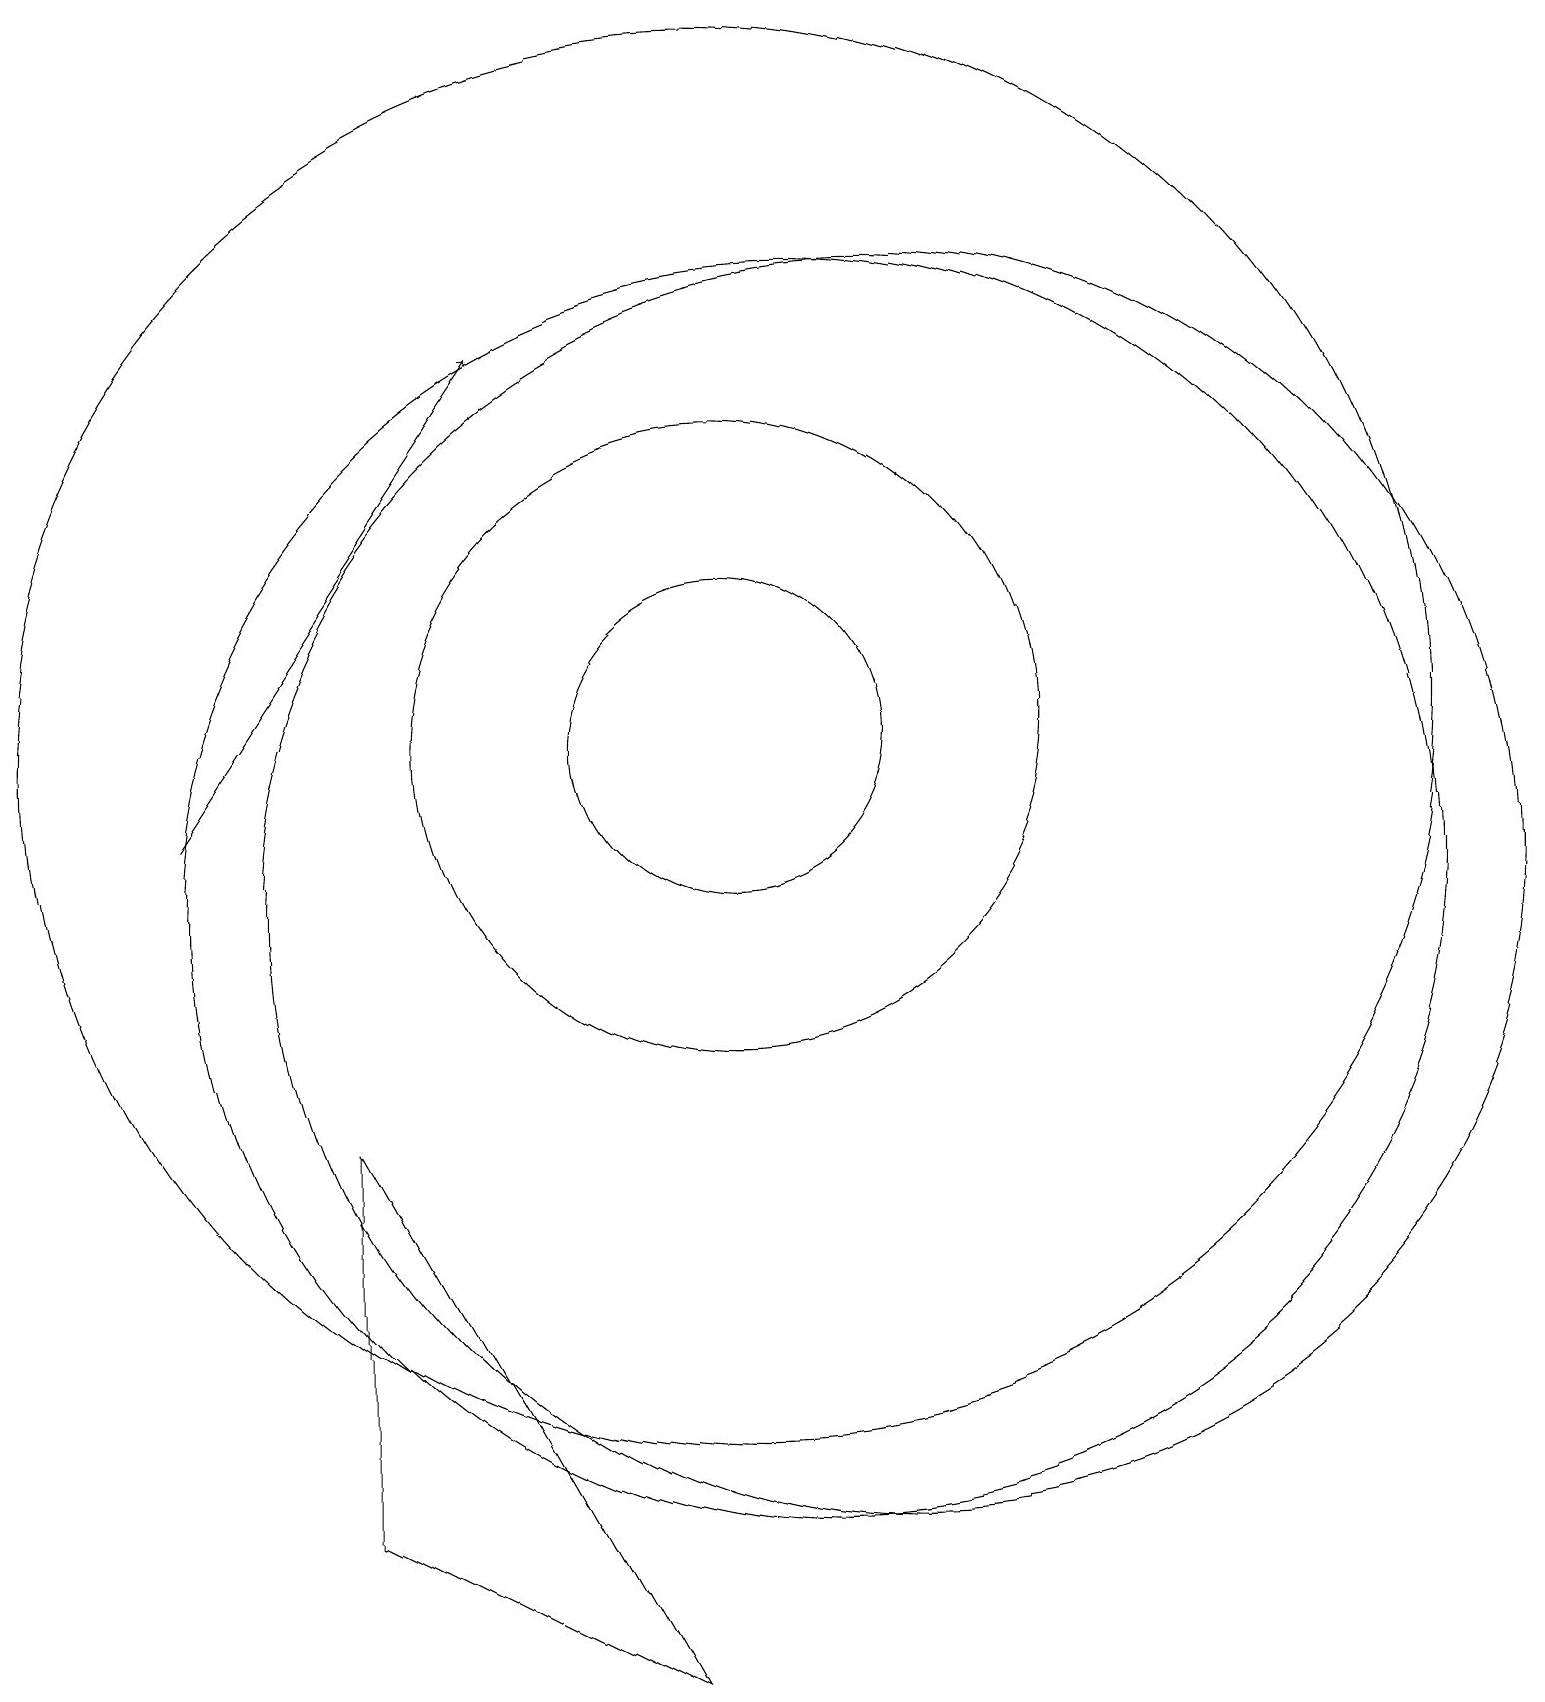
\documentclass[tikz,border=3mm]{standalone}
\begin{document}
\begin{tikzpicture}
\draw (11,10) circle (8);
\draw (10,12) circle (4);
\draw (10,12) circle (9);
\draw (12,10) circle (8);
\draw (10,12) circle (2);
\draw (5,7) -- (9,0) -- (5,2) -- cycle;
\draw[->] (3,11) -- (7,17);
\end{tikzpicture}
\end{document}